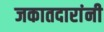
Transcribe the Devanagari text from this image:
जकातदारांनी